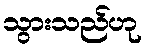
သွားသည်ဟု